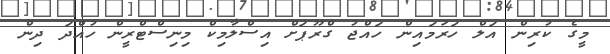
މީގެ ކުރިން އަލް ހަރަމައިން ހައްޖު ގްރޫޕަށް އިސްލާމިކް މިނިސްޓްރީން ހުއްދަ ދިން